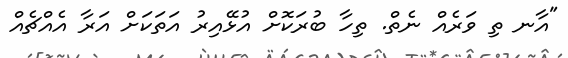
"އާނ ތި ވަރެއް ނެތް. ތިހާ ބުރަކޮށް އުޅޭއިރު އަތަކަށް އަރާ އެއްޗެއް